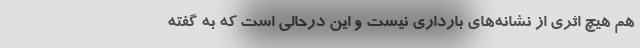
هم هیچ اثری از نشانه‌های بارداری نیست و این درحالی است که به گفته